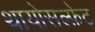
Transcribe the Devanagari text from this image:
थायोसल्फ़ेट